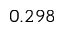
0 . 2 9 8